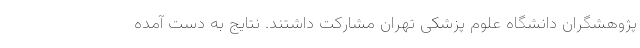
پژوهشگران دانشگاه علوم پزشکی تهران مشارکت داشتند. نتایج به دست آمده